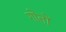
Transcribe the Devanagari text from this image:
गोतों